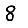
Digit: 8